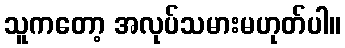
သူကတော့ အလုပ်သမားမဟုတ်ပါ။